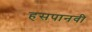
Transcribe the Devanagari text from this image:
हसपानवी